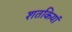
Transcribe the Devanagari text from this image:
शतकियां